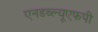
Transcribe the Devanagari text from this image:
एनडब्ल्यूएफपी